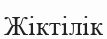
Жіктілік